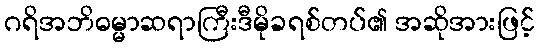
ဂရိအဘိဓမ္မာဆရာကြီးဒီမိုခရစ်တပ်၏ အဆိုအားဖြင့်